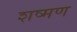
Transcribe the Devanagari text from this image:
शष्मण